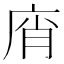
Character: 𢈭